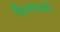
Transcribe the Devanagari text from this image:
घिरलांदाइयो